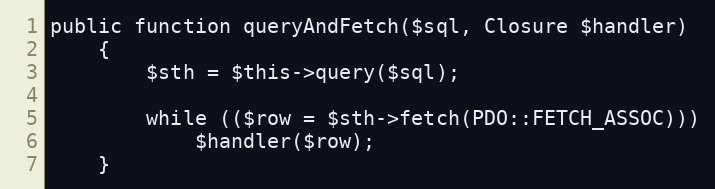
Language: PHP
public function queryAndFetch($sql, Closure $handler)
	{
		$sth = $this->query($sql);

		while (($row = $sth->fetch(PDO::FETCH_ASSOC)))
			$handler($row);
	}